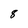
Character: 8